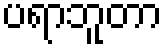
ပရာဘူတာ